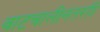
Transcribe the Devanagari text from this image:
वाटचालीनंतरही